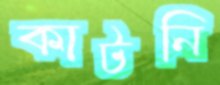
কাটনি